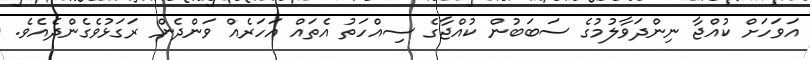
އަވަހަށް ކުއްޖާ ނިންދަވާލުމުގެ ސަބަބުން ކުއްޖާގެ ސިއްހަތު އެތައް އަހަރެއް ވަންދެން ރަގަޅުވެގެންދެއެވެ.